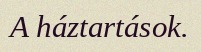
A háztartások.